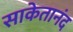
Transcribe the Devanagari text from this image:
साकेतानंद